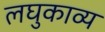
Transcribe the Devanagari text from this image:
लघुकाव्य